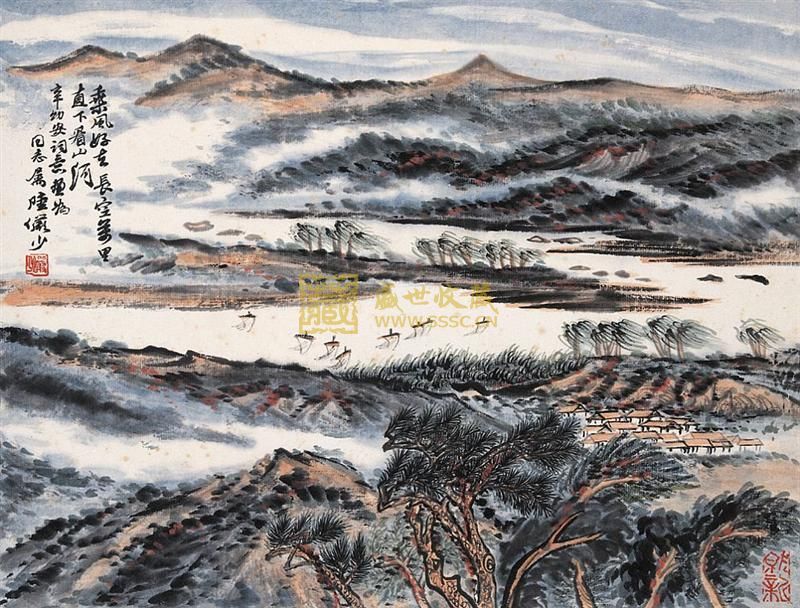
谁料苏卿老归国，茂陵松柏雨萧萧。